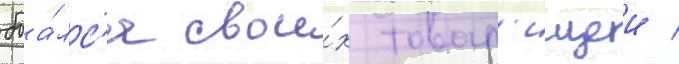
боа́лс'я свои́х товар'ищеи /